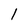
Character: 1